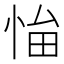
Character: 𢚜